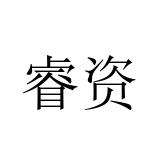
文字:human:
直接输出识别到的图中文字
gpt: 睿资